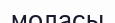
моласы